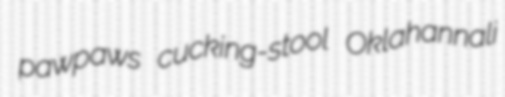
pawpaws cucking-stool Oklahannali